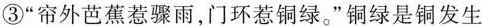
③”帘外芭蕉惹骤雨，门环惹铜绿。”铜绿是铜发生